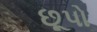
છૂપો